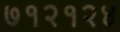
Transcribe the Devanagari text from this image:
७१२१२४